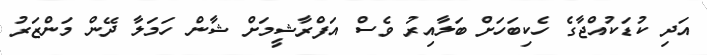
އަދި ކުޑަކުއްޖާގެ ހެކިބަހަށް ބަލާއިރު ވެސް އަފްރާޝީމަށް ޝާން ހަމަލާ ދޭން މަންޒަރު